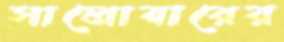
সালোয়ারের